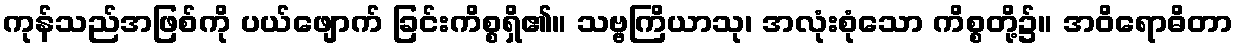
ကုန်သည်အဖြစ်ကို ပယ်ဖျောက် ခြင်းကိစ္စရှိ၏။ သဗ္ဗကြိယာသု၊ အလုံးစုံသော ကိစ္စတို့၌။ အဝိရောဓိတာ